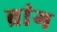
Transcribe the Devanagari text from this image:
ब्रांग